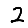
Digit: 2